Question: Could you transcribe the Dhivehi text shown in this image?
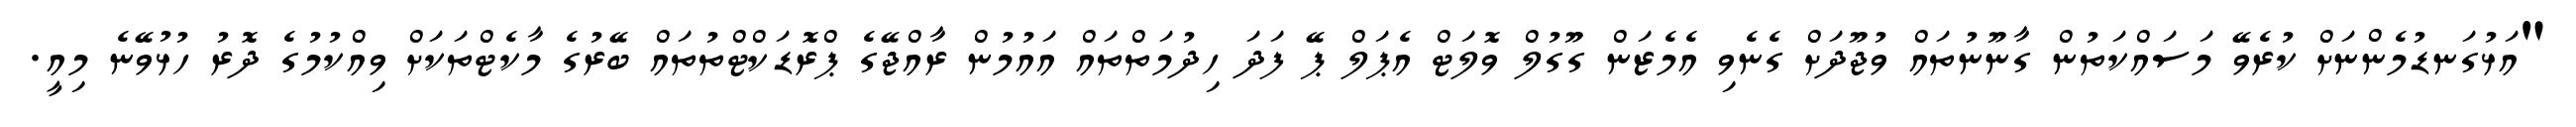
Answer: "އަޅުގަނޑުމެންނަށް ކުރެވޭ މަސައްކަތުން ގާނޫނުތައް ވުޖޫދަށް ގެނެވި އެމެޒަން ގޫގުލް ވޮލަޓް އެޕަލް ޕޭ ފަދަ ހިދުމަތްތައް އައުމުން ރާއްޖޭގެ ޕްރޮޑަކްޓްތުތައް ބޭރުގެ މާކެޓްތަކަށް ވިއްކުމުގެ ދޮރު ހުޅުވޭނެ މިއީ.